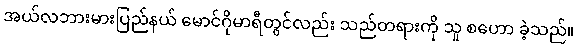
အယ်လဘားမားပြည်နယ် မောင်ဂိုမာရီတွင်လည်း သည်တရားကို သူ စဟော ခဲ့သည်။